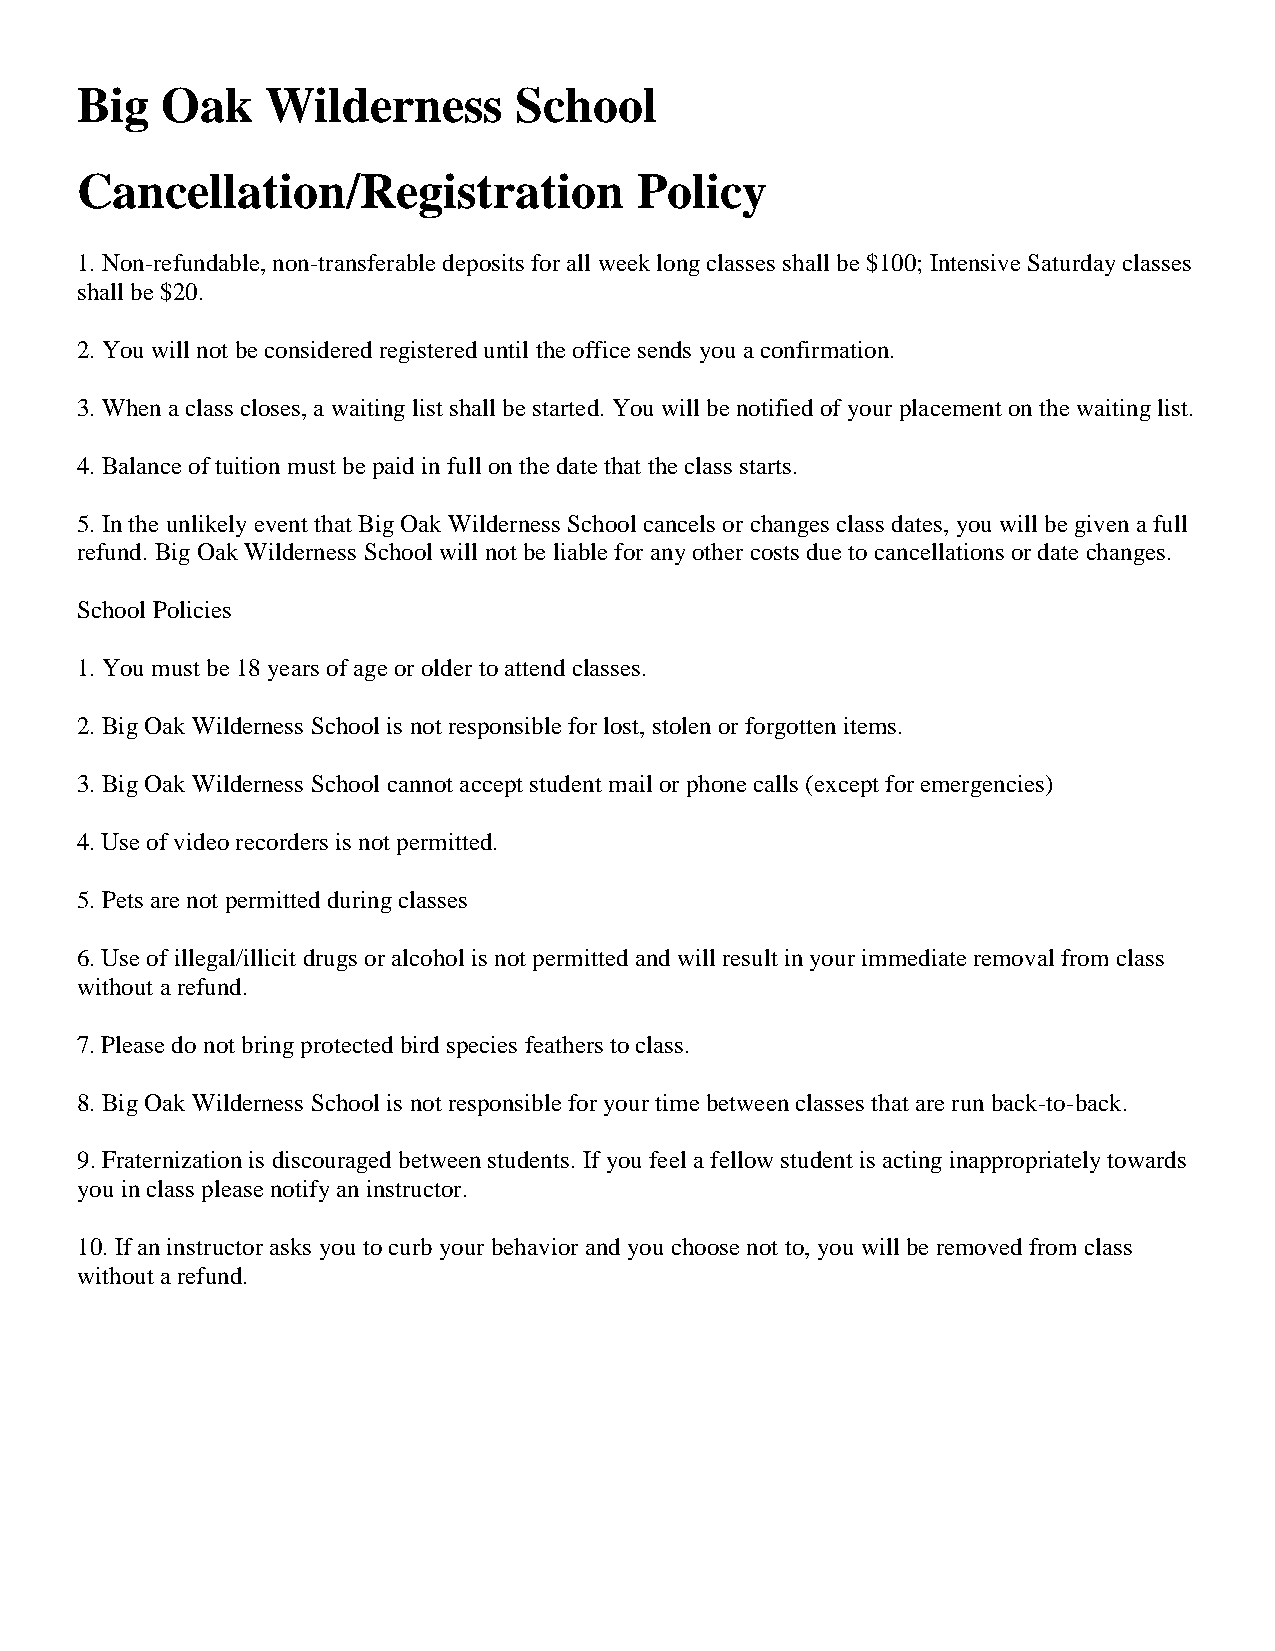
Big   Oak    Wilderness      School
 Cancellation/Registration            Policy
 1. Non-refundable, non-transferable deposits for all week long classes shall be $100; Intensive Saturday classes
 shall be $20.
 2. You will not be considered registered until the office sends you a confirmation.
 3. When a class closes, a waiting list shall be started. You will be notified of your placement on the waiting list.
 4. Balance of tuition must be paid in full on the date that the class starts.
 5. In the unlikely event that Big Oak Wilderness School cancels or changes class dates, you will be given a full
 refund. Big Oak Wilderness School will not be liable for any other costs due to cancellations or date changes.
 School Policies
 1. You must be 18 years of age or older to attend classes.
 2. Big Oak Wilderness School is not responsible for lost, stolen or forgotten items.
 3. Big Oak Wilderness School cannot accept student mail or phone calls (except for emergencies)
 4. Use of video recorders is not permitted.
 5. Pets are not permitted during classes
 6. Use of illegal/illicit drugs or alcohol is not permitted and will result in your immediate removal from class
 without a refund.
 7. Please do not bring protected bird species feathers to class.
 8. Big Oak Wilderness School is not responsible for your time between classes that are run back-to-back.
 9. Fraternization is discouraged between students. If you feel a fellow student is acting inappropriately towards
 you in class please notify an instructor.
 10. If an instructor asks you to curb your behavior and you choose not to, you will be removed from class
 w ithout a refund.